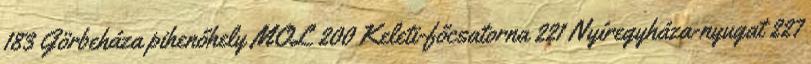
183 Görbeháza pihenőhely MOL 200 Keleti-főcsatorna 221 Nyíregyháza-nyugat 227